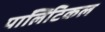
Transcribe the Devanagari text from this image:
पाॅलिटिकल